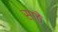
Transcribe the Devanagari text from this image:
साठेे